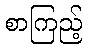
စာကြည့်